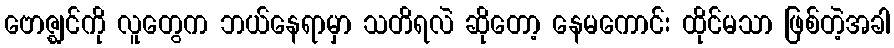
ဗောဇ္ဈင်ကို လူတွေက ဘယ်နေရာမှာ သတိရလဲ ဆိုတော့ နေမကောင်း ထိုင်မသာ ဖြစ်တဲ့အခါ